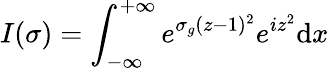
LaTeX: I(\sigma)=\int_{-\infty}^{+\infty}e^{\sigma_{g}(z-1)^{2}}e^{iz^{2}}\mathrm{d}x